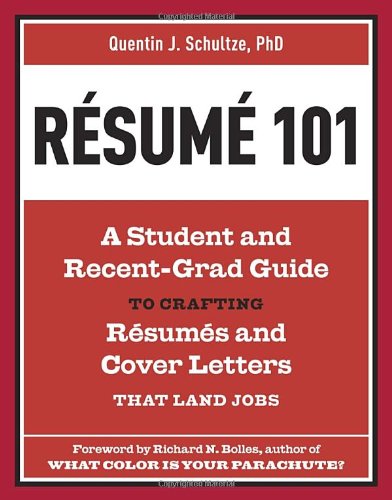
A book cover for Resume 101: A Student and Recent-Grad Guide to Crafting Resumes and Cover Letters that Land Jobs; Quentin J. Schultze; Business & Money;